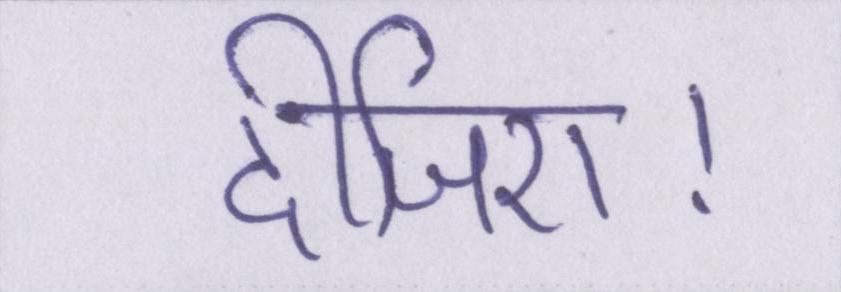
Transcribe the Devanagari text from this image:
दीजिए।